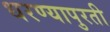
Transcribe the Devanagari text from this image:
धरण्यापुरती